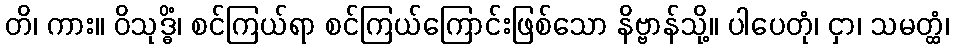
တိ၊ ကား။ ဝိသုဒ္ဓိံ၊ စင်ကြယ်ရာ စင်ကြယ်ကြောင်းဖြစ်သော နိဗ္ဗာန်သို့။ ပါပေတုံ၊ ငှာ၊ သမတ္ထံ၊